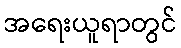
အရေးယူရာတွင်